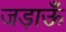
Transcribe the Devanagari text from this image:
जड़ाऊँ